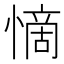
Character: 𭞣